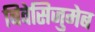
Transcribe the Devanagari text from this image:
बिवेसिजुमेब